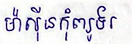
ម៉ាស៊ីនកុំព្យូទ័រ